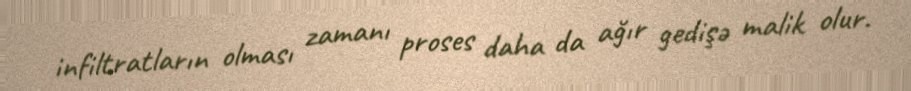
infiltratların olması zamanı proses daha da ağır gedişə malik olur.